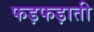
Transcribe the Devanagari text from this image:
फड़फड़ाती